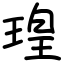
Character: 瑝